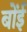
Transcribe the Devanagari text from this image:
बोंई